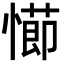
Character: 𭞖